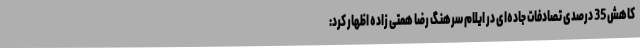
کاهش 35 درصدی تصادفات جاده‌ای در ایلام سرهنگ رضا همتی زاده اظهار کرد: